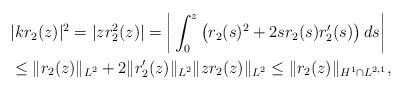
LaTeX: \begin{align*}&|k r_2(z)|^2 = |z r_2^2(z)|= \bigg | \int_0^z\left(r_2(s)^2+2 sr_2(s) r_2'(s)\right) d s\bigg|\\&\leq \|r_2(z)\|_{L^2} +2 \|r_2'(z) \|_{L^2} \|z r_2 (z) \|_{L^2}\leq \|r_2(z)\|_{H^1\cap L^{2,1}},\end{align*}